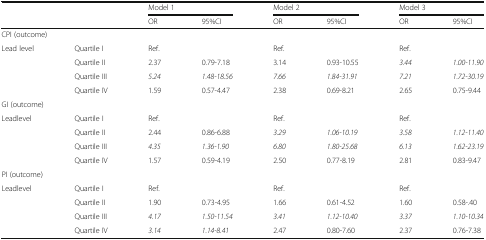
<table><thead><tr><td rowspan="2" colspan="2"></td><td colspan="2"><b>Model 1</b></td><td colspan="2"><b>Model 2</b></td><td colspan="2"><b>Model 3</b></td></tr><tr><td><b>OR</b></td><td><b>95%CI</b></td><td><b>OR</b></td><td><b>95%CI</b></td><td><b>OR</b></td><td><b>95%CI</b></td></tr></thead><tbody><tr><td colspan="8">CPI (outcome)</td></tr><tr><td rowspan="4">Lead level</td><td>Quartile I</td><td>Ref.</td><td></td><td>Ref.</td><td></td><td>Ref.</td><td></td></tr><tr><td>Quartile II</td><td>2.37</td><td>0.79-7.18</td><td>3.14</td><td>0.93-10.55</td><td><i>3.44</i></td><td><i>1.00-11.90</i></td></tr><tr><td>Quartile III</td><td><i>5.24</i></td><td><i>1.48-18.56</i></td><td><i>7.66</i></td><td><i>1.84-31.91</i></td><td><i>7.21</i></td><td><i>1.72-30.19</i></td></tr><tr><td>Quartile IV</td><td>1.59</td><td>0.57-4.47</td><td>2.38</td><td>0.69-8.21</td><td>2.65</td><td>0.75-9.44</td></tr><tr><td colspan="8">GI (outcome)</td></tr><tr><td rowspan="4">Leadlevel</td><td>Quartile I</td><td>Ref.</td><td></td><td>Ref.</td><td></td><td>Ref.</td><td></td></tr><tr><td>Quartile II</td><td>2.44</td><td>0.86-6.88</td><td><i>3.29</i></td><td><i>1.06-10.19</i></td><td><i>3.58</i></td><td><i>1.12-11.40</i></td></tr><tr><td>Quartile III</td><td><i>4.35</i></td><td><i>1.36-1.90</i></td><td><i>6.80</i></td><td><i>1.80-25.68</i></td><td><i>6.13</i></td><td><i>1.62-23.19</i></td></tr><tr><td>Quartile IV</td><td>1.57</td><td>0.59-4.19</td><td>2.50</td><td>0.77-8.19</td><td>2.81</td><td>0.83-9.47</td></tr><tr><td colspan="8">PI (outcome)</td></tr><tr><td rowspan="4">Leadlevel</td><td>Quartile I</td><td>Ref.</td><td></td><td>Ref.</td><td></td><td>Ref.</td><td></td></tr><tr><td>Quartile II</td><td>1.90</td><td>0.73-4.95</td><td>1.66</td><td>0.61-4.52</td><td>1.60</td><td>0.58-.40</td></tr><tr><td>Quartile III</td><td><i>4.17</i></td><td><i>1.50-11.54</i></td><td><i>3.41</i></td><td><i>1.12-10.40</i></td><td><i>3.37</i></td><td><i>1.10-10.34</i></td></tr><tr><td>Quartile IV</td><td><i>3.14</i></td><td><i>1.14-8.41</i></td><td>2.47</td><td>0.80-7.60</td><td>2.37</td><td>0.76-7.38</td></tr></tbody></table>